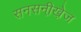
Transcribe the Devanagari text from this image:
सनसनी़खे़ज